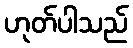
ဟုတ်ပါသည်